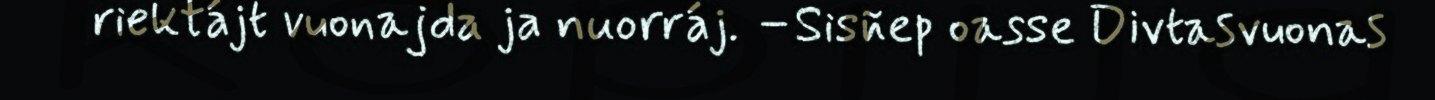
riektájt vuonajda ja nuorráj. –Sisñep oasse Divtasvuonas